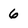
Character: 6